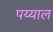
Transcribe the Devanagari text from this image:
पय्याल